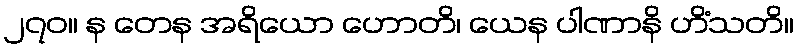
၂၇၀။ န တေန အရိယော ဟောတိ၊ ယေန ပါဏာနိ ဟိံသတိ။